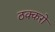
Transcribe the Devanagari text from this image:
ठक्करो